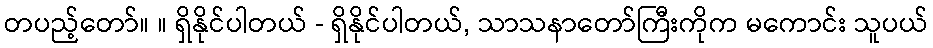
တပည့်တော်။ ။ ရှိနိုင်ပါတယ် - ရှိနိုင်ပါတယ်, သာသနာတော်ကြီးကိုက မကောင်း သူပယ်